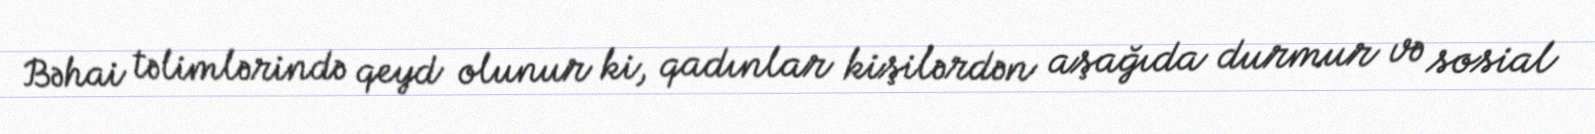
Bəhai təlimlərində qeyd olunur ki, qadınlar kişilərdən aşağıda durmur və sosial